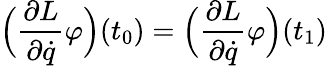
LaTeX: {\Bigl(}{\frac{\partial L}{\partial{\dot{q}}}}\varphi{\Bigr)}(t_{0})={\Bigl(}{\frac{\partial L}{\partial{\dot{q}}}}\varphi{\Bigr)}(t_{1})